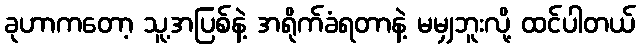
ခုဟာကတော့ သူ့အပြစ်နဲ့ အရိုက်ခံရတာနဲ့ မမျှဘူးလို့ ထင်ပါတယ်